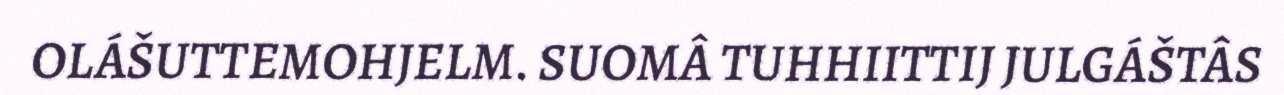
OLÁŠUTTEMOHJELM. SUOMÂ TUHHIITTIJ JULGÁŠTÂS